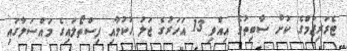
ޓެރަރިޒަމްގެ ކުށް ސާބިތުވެ އިއްވި 13 އަހަރުގެ ޖަލު ހުކުމާއި ފިސްތޯލައިގެ މައްސަލާގައި